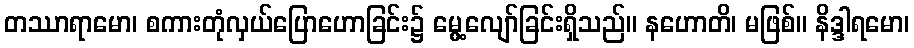
တဿာရာမော၊ စကားတုံလှယ်ပြောဟောခြင်း၌ မွေ့လျော်ခြင်းရှိသည်။ နဟောတိ၊ မဖြစ်။ နိဒ္ဒါရမော၊